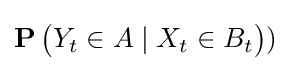
\operatorname {\mathbf {P} } {\bigl (}Y_{t}\in A\mid X_{t}\in B_{t}{\bigr )})